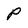
Character: p